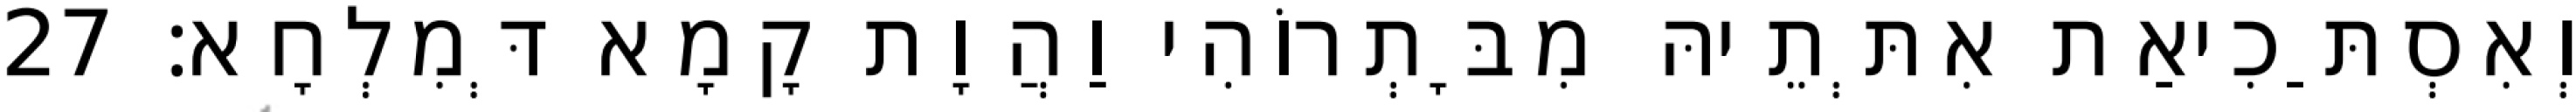
וְאִסְתַּכִיאַת אִתְּתֵיהּ מִבָּתְרוֹהִי וַהֲוָת קָמָא דְּמִלְחָא׃ 27